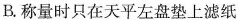
B.称量时只在天平左盘垫上滤纸